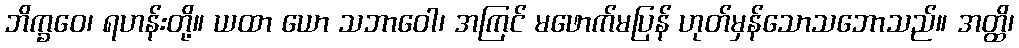
ဘိက္ခဝေ၊ ရဟန်းတို့။ ယထာ ယော သဘာဝေါ၊ အကြင် မဖောက်မပြန် ဟုတ်မှန်သောသဘောသည်။ အတ္ထိ၊